Report on enteric fever
Disease focus: Fever
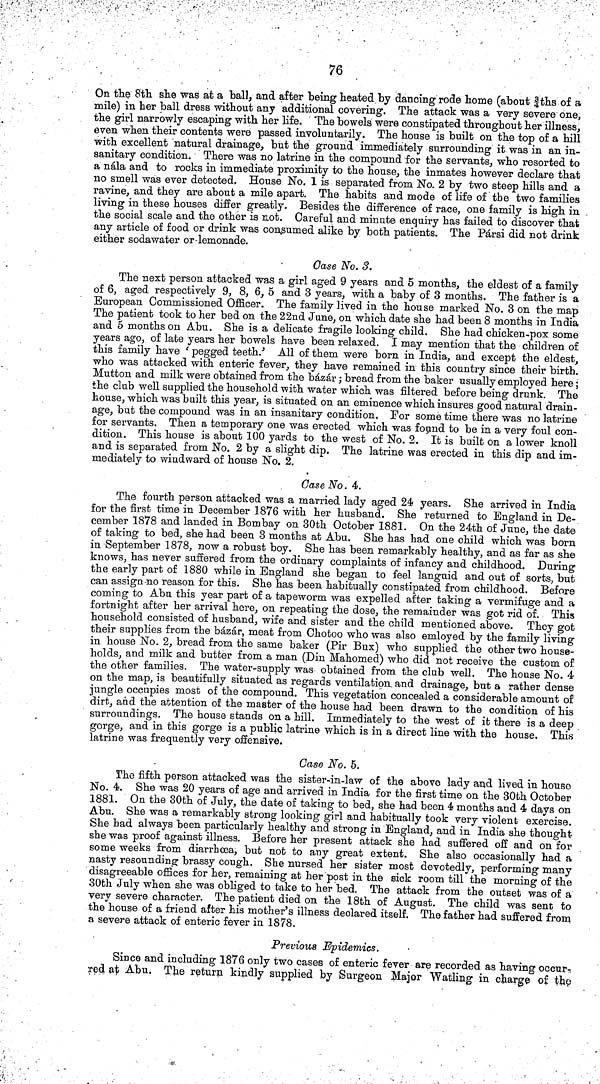
76
On the 8th she was at a ball, and after being heated by dancing rode home (about ¾ths of a
mile) in her ball dress without any additional covering. The attack was a very severe one,
the girl narrowly escaping with her life. The bowels were constipated throughout her illness,
even when their contents were passed involuntarily. The house is built on the top of a hill
with excellent natural drainage, but the ground immediately surrounding it was in an in-
sanitary condition. There was no latrine in the compound for the servants, who resorted to
a nála and to rocks in immediate proximity to the house, the inmates however declare that
no smell was ever detected. House No. 1 is separated from No. 2 by two steep hills and a
ravine, and they are about a mile apart. The habits and mode of life of the two families
living in these houses differ greatly. Besides the difference of race, one family is high in
the social scale and the other is not. Careful and minute enquiry has failed to discover that
any article of food or drink was consumed alike by both patients. The Pársi did not drink
either sodawater or lemonade.
Case No. 3.
The next person attacked was a girl aged 9 years and 5 months, the eldest of a family
of 6, aged respectively 9, 8, 6, 5 and 3 years, with a baby of 3 months. The father is a
European Commissioned Officer. The family lived in the house marked No. 3 on the map
The patient took to her bed on the 22nd June, on which date she had been 8 months in India
and 5 months on Abu. She is a delicate fragile looking child. She had chicken pox some
years ago, of late years her bowels have been relaxed. I may mention that the children of
this family have ' pegged teeth.' All of them were born in India, and except the eldest,
who was attacked with enteric fever, they have remained in this country since their birth.
Mutton and milk were obtained from the bázár; bread from the baker usually employed here;
the club well supplied the household with water which was filtered before being drunk. The
house, which was built this year, is situated on an eminence which insures good natural drain-
age, but the compound was in an insanitary condition, For some time there was no latrine
for servants. Then a temporary one was erected which was found to be in a very foul con-
dition. This house is about 100 yards to the west of No. 2. It is built on a lower knoll
and is separated from No. 2 by a slight dip. The latrine was erected in this dip and im-
mediately to windward of house No. 2.
Case No. 4,
The fourth person attacked was a married lady aged 24 years. She arrived in India
for the first time in December 1876 with her husband. She returned to England in De-
cember 1878 and landed in Bombay on 30th October 1881. On the 24th of June, the date
of taking to bed, she had been 3 months at Abu. She has had one child which was born
in September 1878, now a robust boy. She has been remarkably healthy, and as far as she
knows, has never suffered from the ordinary complaints of infancy and childhood. During
the early part of 1880 while in England she began to feel languid and out of sorts, but
can assign no reason for this. She has been habitually constipated from childhood. Before
coming to Abu this year part of a tapeworm was expelled after taking a vermifuge and a
fortnight after her arrival here, on repeating the dose, the remainder was got rid of. This
household consisted of husband, wife and sister and the child mentioned above. They got
their supplies from the bazar, meat from Chotoo who was also emloyed by the family living
in house No. 2, bread from the same baker (Pir Bux) who supplied the other two house-
holds, and milk and butter from a man (Din Mahomed) who did not receive the custom of
the other families. The water supply was obtained from the club well. The house No. 4
on the map, is beautifully situated as regards ventilation and drainage, but a rather dense
jungle occupies most of the compound. This vegetation concealed a considerable amount of
dirt, and the attention of the master of the house had been drawn to the condition of his
surroundings. The house stands on a hill. Immediately to the west of it there is a deep
gorge, and in this gorge is a public latrine which is in a direct line with the house. This
latrine was frequently very offensive.
Case No. 5.
The fifth person attacked was the sister in law of the above lady and lived in house
No. 4. She was 20 years of age and arrived in India for the first time on the 30th October
1881. On the 30th of July, the date of taking to bed, she had been 4 months and 4 days on
Abu. She was a remarkably strong looking girl and habitually took very violent exercise.
She had always been particularly healthy and strong in England, and in India she thought
she was proof against illness. Before her present attack she had suffered off and on for
some weeks from diarrhœa, but not to any great extent. She also occasionally had a
nasty resounding brassy cough. She nursed her sister most devotedly, performing many
disagreeable offices for her, remaining at her post in the sick room till the morning of the
30th July when she was obliged to take to her bed. The attack from the outset was of a
very severe character. The patient died on the 18th of August. The child was sent to
the house of a friend after his mother's illness declared itself. The father had suffered from
a severe attack of enteric fever in 1878.
Previous Epidemics.
Since and including 1876 only two cases of enteric fever are recorded as having occur-
red at Abu. The return kindly supplied by Surgeon Major Watling in charge of the